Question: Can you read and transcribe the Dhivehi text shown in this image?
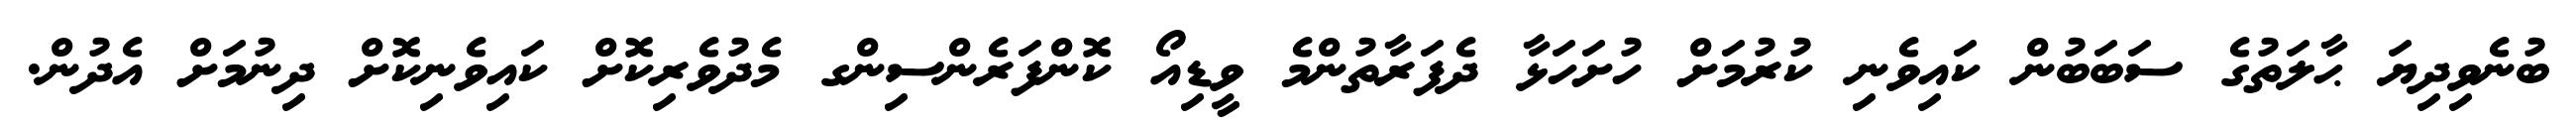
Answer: ބުނެވިދިޔަ ޙާލަތުގެ ސަބަބުން ކައިވެނި ކުރުމަށް ހުށަހަޅާ ދެފަރާތުންމެ ވީޑިއޯ ކޮންފަރެންސިންގ މެދުވެރިކޮށް ކައިވެނިކޮށް ދިނުމަށް އެދުން.